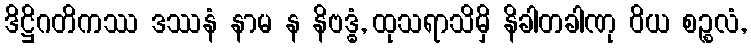
ဒိဋ္ဌိဂတိကဿ ဒဿနံ နာမ န နိဗဒ္ဓံ, ထုသရာသိမှိ နိခါတခါဏု ဝိယ စဉ္စလံ,